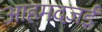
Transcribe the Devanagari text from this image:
आहमदज़ई